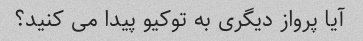
آیا پرواز دیگری به توکیو پیدا می کنید؟